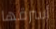
أسرقها